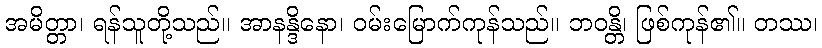
အမိတ္တာ၊ ရန်သူတို့သည်။ အာနန္ဒိနော၊ ဝမ်းမြောက်ကုန်သည်။ ဘဝန္တိ၊ ဖြစ်ကုန်၏။ တဿ၊